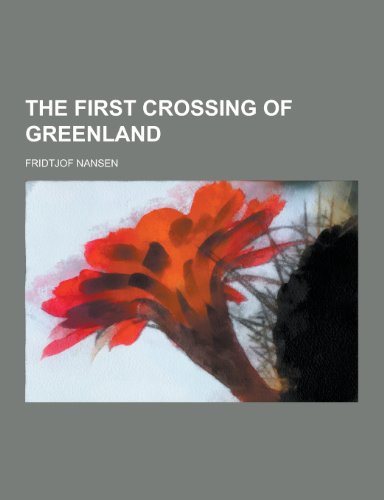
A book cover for The First Crossing of Greenland; Fridtjof Nansen; History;